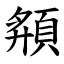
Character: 頯